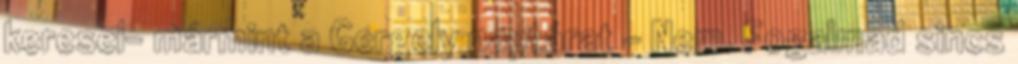
keresel- mármint a Gergely naptárat - Nem. Fogalmad sincs